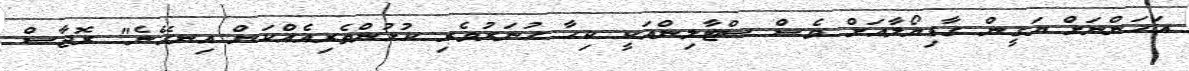
އަހަންނަށް ޔަގީން ގާޑިޔޯލާއަށް ވެސް ސްޓާލިންއަކީ ކިހާ ހުނަރުވެރި ކުޅުންތެރިއެއްކަން އިނގޭނެ" ރޮޖާސް